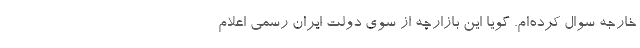
خارجه سوال کرده‌ام. گویا این بازارچه از سوی دولت ایران رسمی اعلام